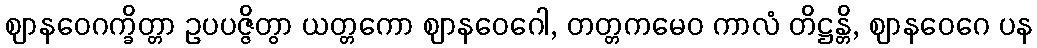
ဈာနဝေဂက္ခိတ္တာ ဥပပဇ္ဇိတွာ ယတ္တကော ဈာနဝေဂေါ, တတ္တကမေဝ ကာလံ တိဋ္ဌန္တိ, ဈာနဝေဂေ ပန